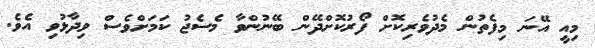
މިއީ އޭނަ މިފެތުން މެދުވެރިކޮށް ފޯރުކޮށްދޭން ބޭނުންވާ މެސެޖު ކަމަށްވެސް ވިދާޅުވި އެވެ.